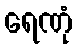
ရေဏုံ